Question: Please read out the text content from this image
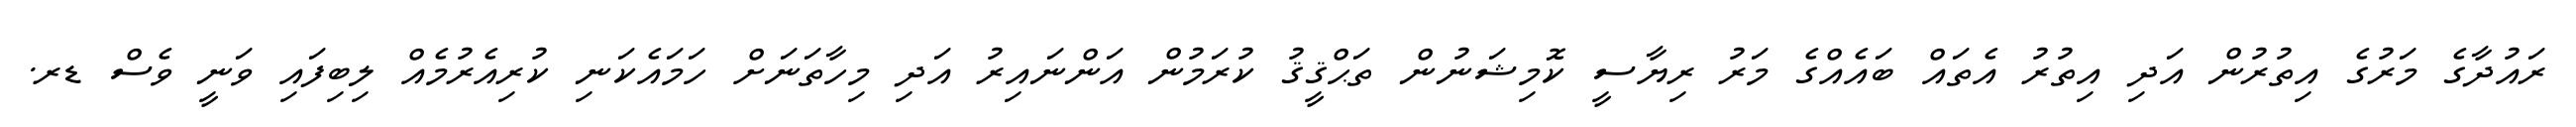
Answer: ރައުދާގެ މަރުގެ އިތުރުން އަދި އިތުރު އެތައް ބައެއްގެ މަރު ރިޔާސީ ކޮމިޝަނުން ތަޙްޤީޤު ކުރަމުން އަންނައިރު އަދި މިހާތަނަށް ހަމައެކަނި ކުރިއެރުމެއް ލިބިފައި ވަނީ ވެސް ޑރ.